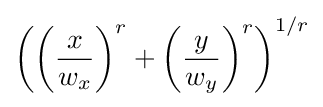
\left(\left({x \over w_{x}}\right)^{r}+\left({y \over w_{y}}\right)^{r}\right)^{1/r}